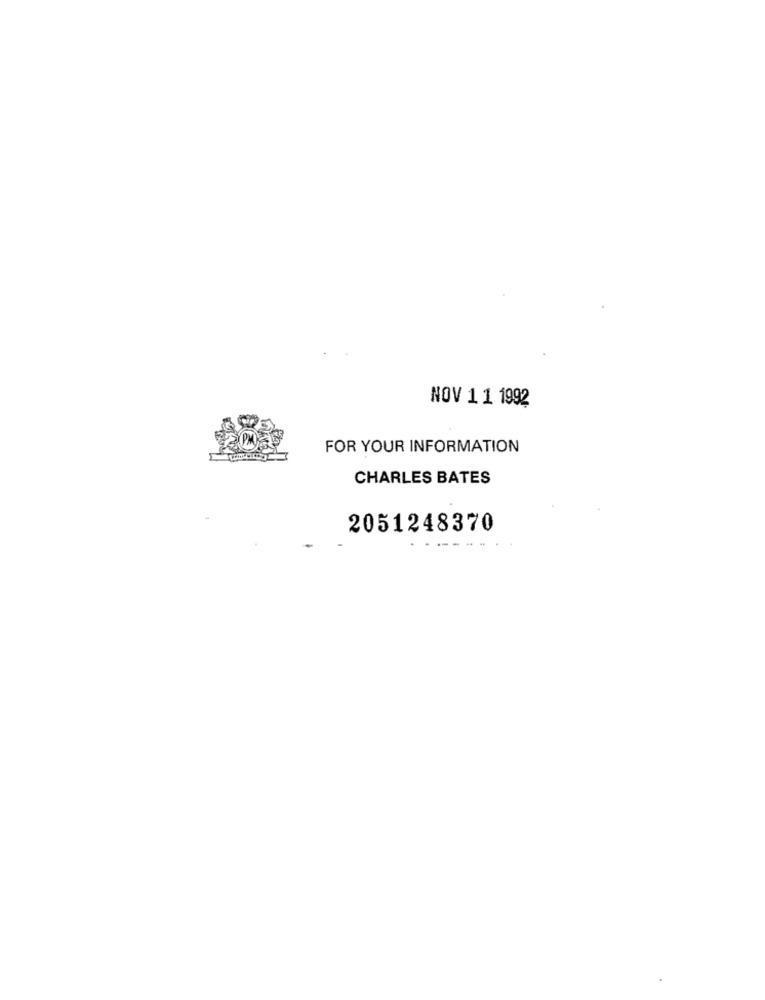
NOV 1 1 1992
FOR YOUR INFORMATION
CHARLES BATES
2051248370